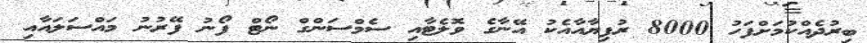
ބިރުދެއްކުމަށްފަހު 8000 ރުފިޔާއާއެކު އޭނާގެ ވޮލެޓާއި ސެމްސަންގް ނޯޓް ފޯނު ފޭރުނު މައްސަލައާއި